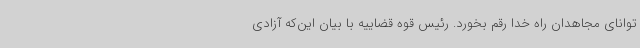
توانای مجاهدان راه خدا رقم بخورد. رئیس قوه قضاییه با بیان این‌که آزادی